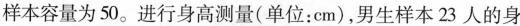
样本容量为50。进行身高测量(单位：cm)，男生样本23人的身